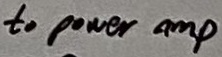
Text: to power amp